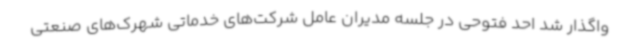
واگذار شد احد فتوحی در جلسه مدیران عامل شرکت‌های خدماتی شهرک‌های صنعتی